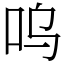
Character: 呜